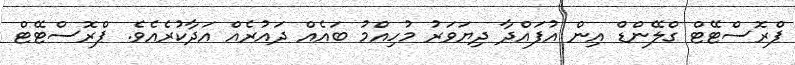
ޕްރޮސްޓޭޓް ގްލޭންޑް އިން އުފައްދާ ދިޔަވަރު މުހިއްމު ބައެއް ދައުރެއް އަދާކުރެއެވެ. ޕްރޮސްޓޭޓް